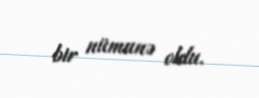
bir nümunə oldu.